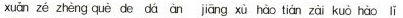
xuǎn zé zhèng què de dā àn jiāng xù hào tián zài kuò hào lǐ